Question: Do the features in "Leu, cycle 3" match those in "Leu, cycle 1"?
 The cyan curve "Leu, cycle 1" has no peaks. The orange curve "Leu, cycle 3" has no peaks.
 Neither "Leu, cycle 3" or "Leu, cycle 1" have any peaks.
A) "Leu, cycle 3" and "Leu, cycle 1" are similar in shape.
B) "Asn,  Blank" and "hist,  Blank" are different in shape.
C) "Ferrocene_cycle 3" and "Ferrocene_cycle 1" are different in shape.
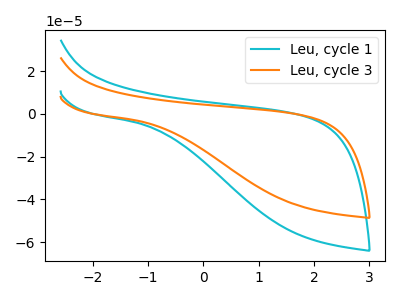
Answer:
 <answer>A) "Leu, cycle 3" and "Leu, cycle 1" are similar in shape.</answer>
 <eval>A</eval>